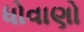
ધોવાણો